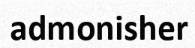
admonisher